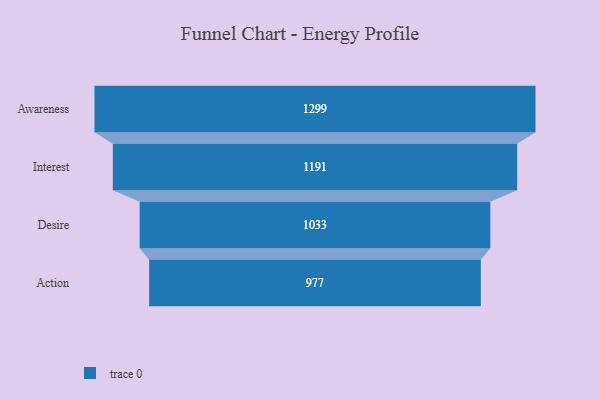
{"axis": {"x": "Stage", "y": "Value"}, "legend": [""], "data": [{"x": "Awareness", "y": 1299.0, "type": ""}, {"x": "Interest", "y": 1191.0, "type": ""}, {"x": "Desire", "y": 1033.0, "type": ""}, {"x": "Action", "y": 977.0, "type": ""}]}